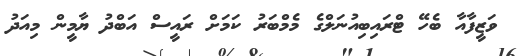
ވަޒީފާއާ ބެހޭ ޓްރައިބިއުނަލްގެ މެމްބަރު ކަމަށް ރައީސް އަބްދު ޔާމީން މިއަދު